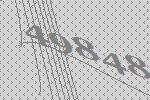
49848